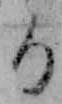
る